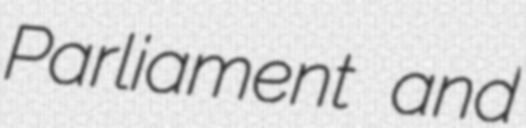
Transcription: Parliament and